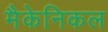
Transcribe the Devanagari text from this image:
मैकेनिकल